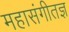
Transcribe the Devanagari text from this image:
महासंगीतज्ञ